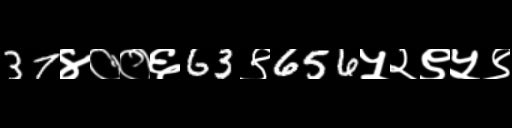
Text: 37४००६63९656५२९५९